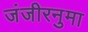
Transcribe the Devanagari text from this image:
जंजीरनुमा